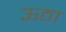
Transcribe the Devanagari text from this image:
ऊठा